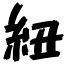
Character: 紐